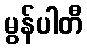
မွန်ပါတီ